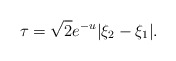
\begin{align*}\tau = \sqrt{2} e^{-u} |\xi_2 - \xi_1|.\end{align*}